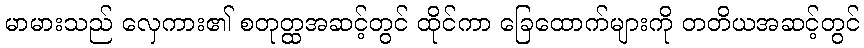
မာမားသည် လှေကား၏ စတုတ္ထအဆင့်တွင် ထိုင်ကာ ခြေထောက်များကို တတိယအဆင့်တွင်